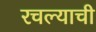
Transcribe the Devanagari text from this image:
रचल्याची